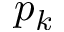
p _ { k }